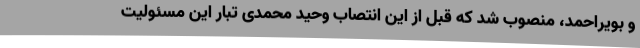
و بویراحمد، منصوب شد که قبل از این انتصاب وحید محمدی تبار این مسئولیت